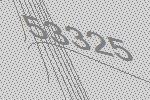
53325